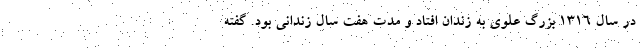
در سال 1316 بزرگ علوی به زندان افتاد و مدت هفت سال زندانی بود. گفته